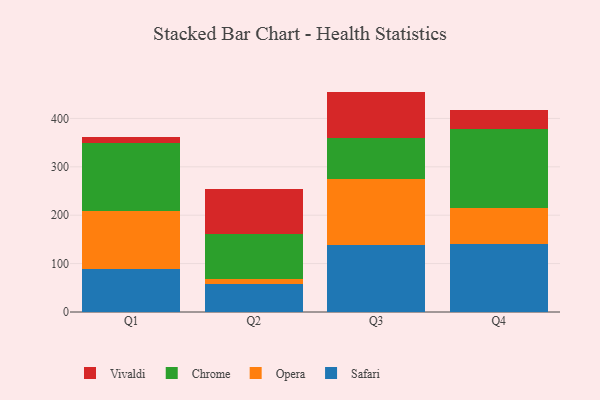
{"axis": {"x": "Quarter", "y": "Latency (ms)"}, "legend": ["Chrome", "Opera", "Safari", "Vivaldi"], "data": [{"x": "Q1", "y": 88.4, "type": "Safari"}, {"x": "Q1", "y": 121.3, "type": "Opera"}, {"x": "Q1", "y": 140.5, "type": "Chrome"}, {"x": "Q1", "y": 10.7, "type": "Vivaldi"}, {"x": "Q2", "y": 58.1, "type": "Safari"}, {"x": "Q2", "y": 10.6, "type": "Opera"}, {"x": "Q2", "y": 92.4, "type": "Chrome"}, {"x": "Q2", "y": 92.8, "type": "Vivaldi"}, {"x": "Q3", "y": 137.8, "type": "Safari"}, {"x": "Q3", "y": 136.6, "type": "Opera"}, {"x": "Q3", "y": 85.0, "type": "Chrome"}, {"x": "Q3", "y": 96.0, "type": "Vivaldi"}, {"x": "Q4", "y": 140.3, "type": "Safari"}, {"x": "Q4", "y": 74.9, "type": "Opera"}, {"x": "Q4", "y": 162.8, "type": "Chrome"}, {"x": "Q4", "y": 39.3, "type": "Vivaldi"}]}